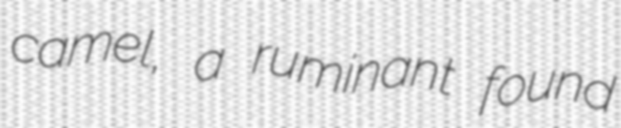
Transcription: camel, a ruminant found